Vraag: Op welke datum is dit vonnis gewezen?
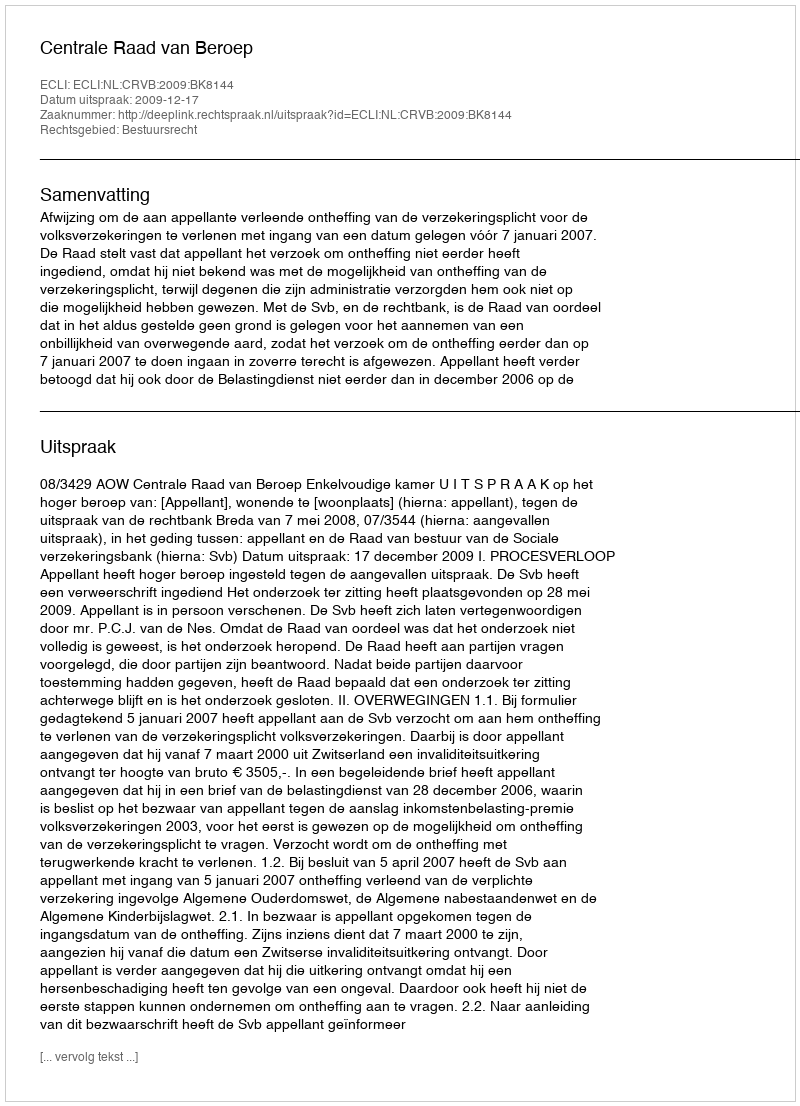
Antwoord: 2009-12-17